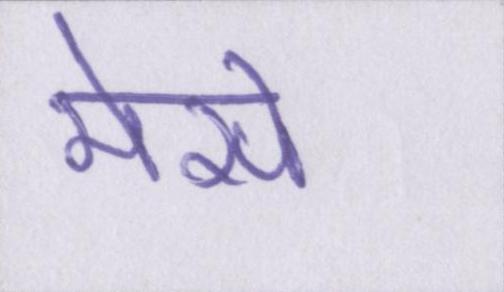
मेसे